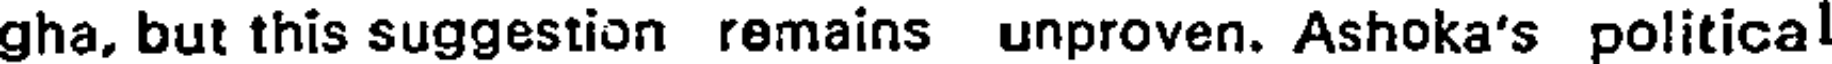
gha, but this suggestion remains unproven. Ashoka's political